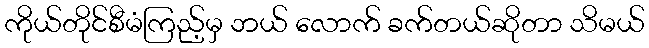
ကိုယ်တိုင်စီမံကြည့်မှ ဘယ် လောက် ခက်တယ်ဆိုတာ သိမယ်